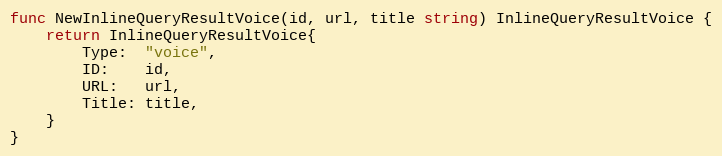
Language: Go
func NewInlineQueryResultVoice(id, url, title string) InlineQueryResultVoice {
	return InlineQueryResultVoice{
		Type:  "voice",
		ID:    id,
		URL:   url,
		Title: title,
	}
}